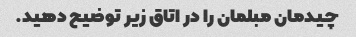
چیدمان مبلمان را در اتاق زیر توضیح دهید.